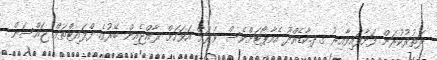
ދަތުރުކުރަން ފަށާފައިވާއިރު ގދ.ކާޑެއްދޫ އެއާޕޯޓަށްވެސް ވަރަށް އަވަހަށް ރާއްޖެއިން ބޭރުގެ ފްލައިޓްތައް ޖައްސަން